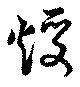
煖